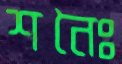
শনৈঃ